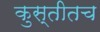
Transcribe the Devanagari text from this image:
कुस्तीतच